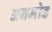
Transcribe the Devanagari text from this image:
अनमोड